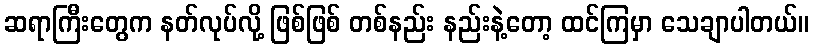
ဆရာကြီးတွေက နတ်လုပ်လို့ ဖြစ်ဖြစ် တစ်နည်း နည်းနဲ့တော့ ထင်ကြမှာ သေချာပါတယ်။